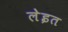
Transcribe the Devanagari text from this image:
लेइत